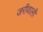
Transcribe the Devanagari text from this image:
जरीवाली